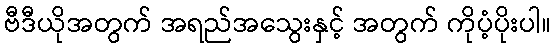
ဗီဒီယိုအတွက် အရည်အသွေးနှင့် အတွက် ကိုပံ့ပိုးပါ။